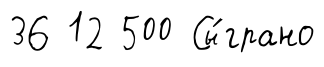
36 12 500 Сы́грано